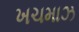
ખચમાઝ